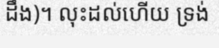
ដឹង)។ លុះដល់ហើយ ទ្រង់